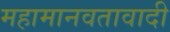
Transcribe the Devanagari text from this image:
महामानवतावादी